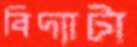
বিদ্যাটা